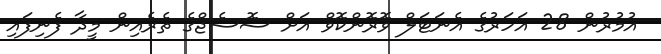
އުމުރުން 28 އަހަރުގެ އެނަޓަލް ވޮރޮންކޮވް އަށް ސޮސެޖްގެ ތެރެއިން މީދާ ފެނިފައި